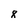
Character: 8